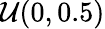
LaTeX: \mathcal{U}(0,0.5)